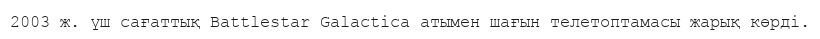
2003 ж. үш сағаттық Battlestar Galactica атымен шағын телетоптамасы жарық көрді.